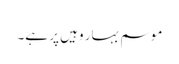
موسم بہار وہیں پر ہے۔